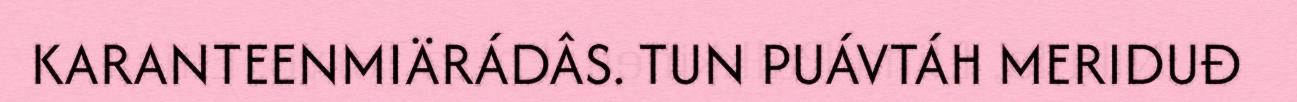
KARANTEENMIÄRÁDÂS. TUN PUÁVTÁH MERIDUĐ